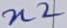
Text: n2